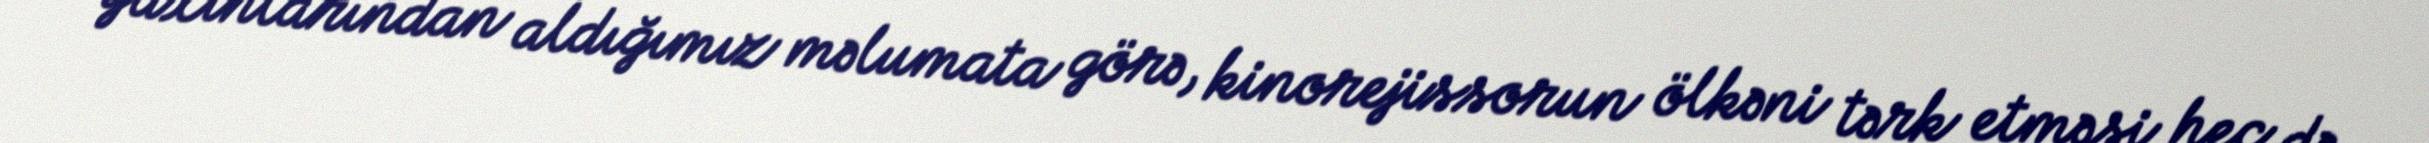
Yaxınlarından aldığımız məlumata görə, kinorejissorun ölkəni tərk etməsi heç də